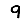
Digit: 9